Vaccination in Burma 1920-1933 - 1920-1933
Year: 1920
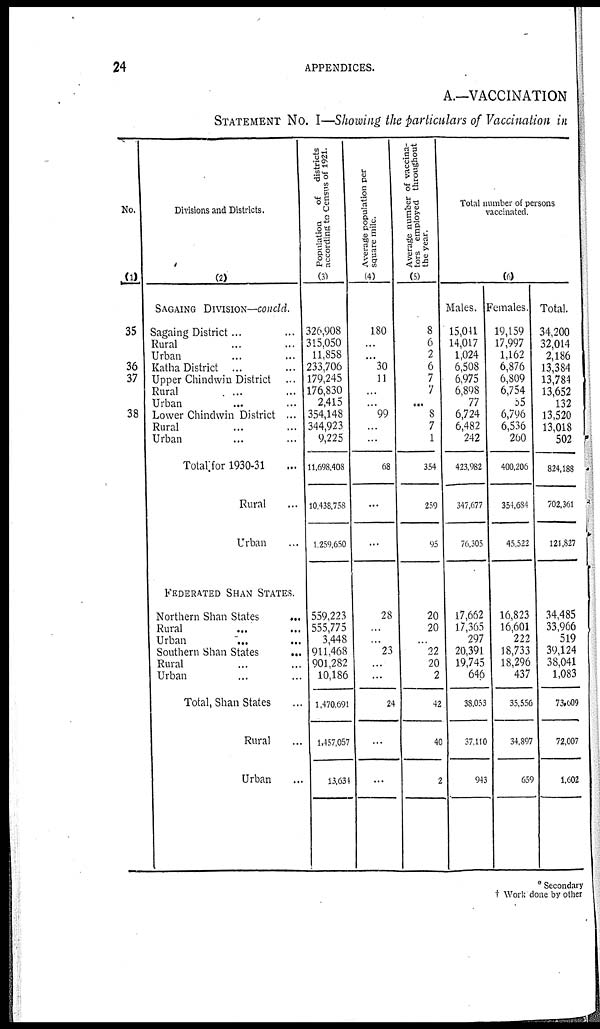
24
APPENDICES.
A.—VACCINATION
STATEMENT NO. I—Showing the particulars of Vaccination in
No.
(1)
35
36
37
38
Divisions and Districts.
(2)
SAGAIG
DIVISION—concld.
Sagaing District... ...
Rural ... ...
Urban ... ...
Katha District ... ...
Upper Chindwin District ...
Rural
...
...
Urban ... ...
Lower Chindwin District ...
Rural ... ...
Urban ... ...
Total for 1930-31
Rural ...
Urban ...
FEDERATED SHAH STATES.
Northern Shan States
...
Rural ... ...
Urban ... ...
Southern Shan States
...
Rural ... ...
Urban ... ...
Total, Shan States ...
Rural ...
Urban ...
Population
of districts
according to Census of 1921.
(3)
326,908
315,050
11,858
233,706
179,245
176,830
2,415
354,148
344,923
9,225
11,698,408
10,438,758
1,259,650
559,223
555,775
3,448
911,468
901,282
10,186
1,470,691
1,457,057
13,634
Average population per
square mile.
(4)
180
...
...
30
11
...
...
99
...
...
68
...
...
28
...
...
23
...
...
24
...
Average number of vaccina-
tors employed throughout
the year.
(5)
8
6
2
6
7
7
...
8
7
1
354
259
95
20
20
...
22
20
2
42
40
2
Total number of persons
vaccinated.
(6)
Males.
15,041
14,017
1,024
6,508
6,975
6,898
77
6,724
6,482
242
423,982
347,677
76,305
17,662
17,365
297
20,391
19,745
646
38,053
37,110
943
Females.
19,159
17,997
1,162
6,876
6,809
6,754
55
6,796
6,536
260
400,206
354,684
45,522
16,823
16,601
222
18,733
18,296
437
35,556
34,897
659
Total.
34,200
32,014
2,186
13,384
13,784
13,652
132
13,520
13,018
502
824,188
702,361
121,827
34,485
33,966
519
39,124
38,041
1,083
73,009
72,007
1,602
* Secondary
† Work done by other